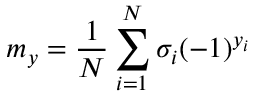
{ { m } _ { y } } = \frac { 1 } { N } \sum _ { i = 1 } ^ { N } { { { \sigma } _ { i } } } { { ( - 1 ) } ^ { { { y } _ { i } } } }